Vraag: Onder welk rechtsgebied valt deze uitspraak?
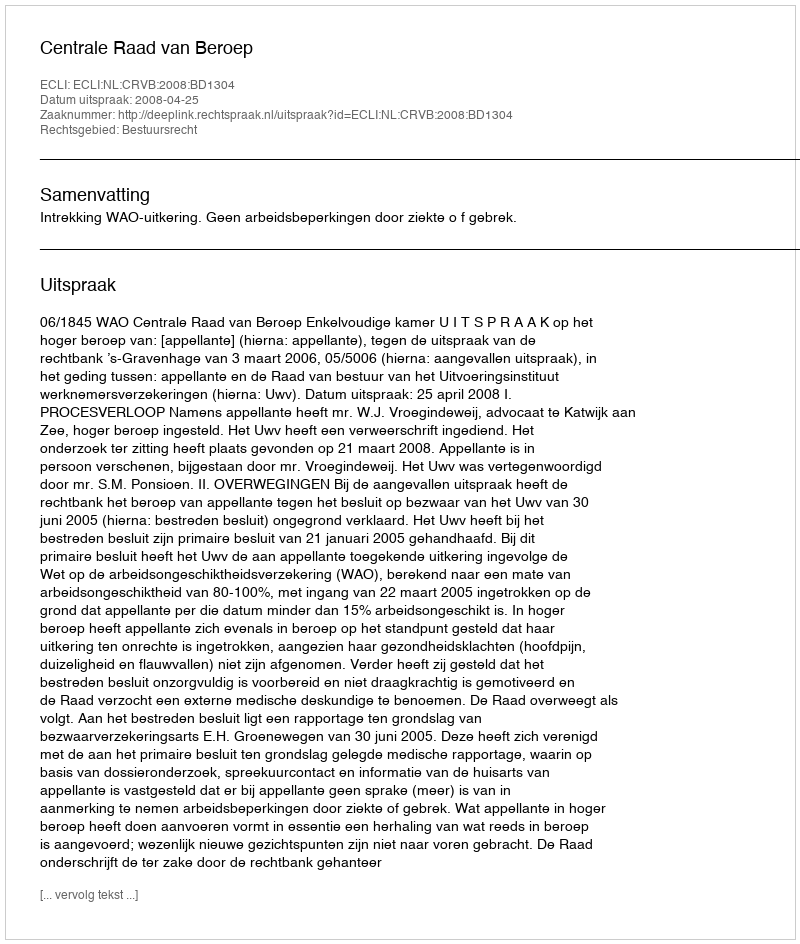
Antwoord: Bestuursrecht